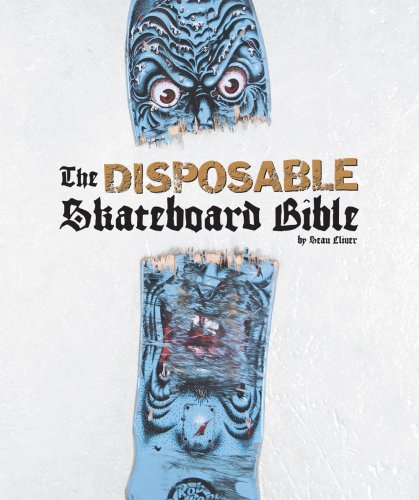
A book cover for The Disposable Skateboard Bible; Sean Cliver; Sports & Outdoors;